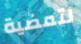
لتمضية